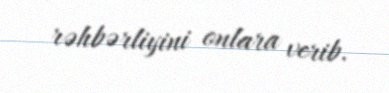
rəhbərliyini onlara verib.